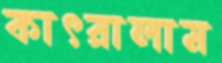
কাৎরালাম